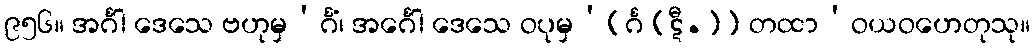
၉၅၆။ အင်္ဂါ ဒေသေ ဗဟုမှ’င်္ဂံ၊ အင်္ဂေါ ဒေသေ ဝပုမှ’[င်္ဂ (ဋီ.)] တထာ’ဝယဝဟေတုသု။